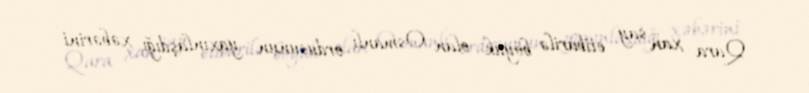
Qara xan say etibarilə böyük olan Osmanlı ordusunun yaxınlaşdığı xəbərini